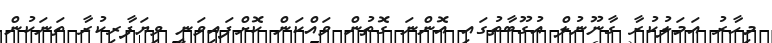
މިހާރު އަމަލުކުރާ ގާނޫނުލް އުގޫބާތުގައި އޮންނަ ގޮތުން ވައްކަން ކޮށްފައިވަނީ ވިޔަފާރިކުރާ ތަނަކުން